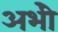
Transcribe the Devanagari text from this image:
अभीे